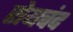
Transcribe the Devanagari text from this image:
रोयचंद